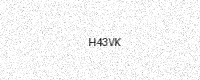
Text: H43VK